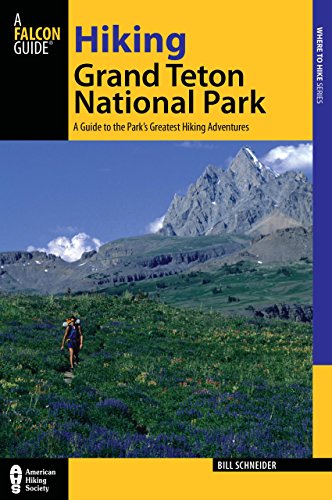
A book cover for Hiking Grand Teton National Park: A Guide To The Park's Greatest Hiking Adventures (Regional Hiking Series); Bill Schneider; Travel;